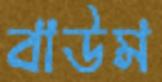
বাউম